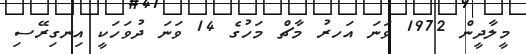
މީލާދީން 1972 ވަނަ އަހރު މާޗް މަހުގެ 14 ވަނަ ދުވަހަކީ އިނގިރޭސި